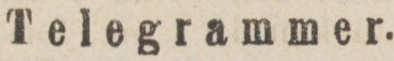
Telegrammer.